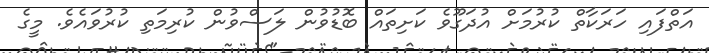
އަތްފައި ހަރަކާތް ކުރުމަށް އުދަގޫވެ ކަށިތައް ބޮޑުވުން ލަސްވުން ކުރިމަތި ކުރުވައެވެ. މީގެ